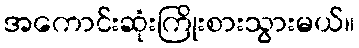
အကောင်းဆုံးကြိုးစားသွားမယ်။